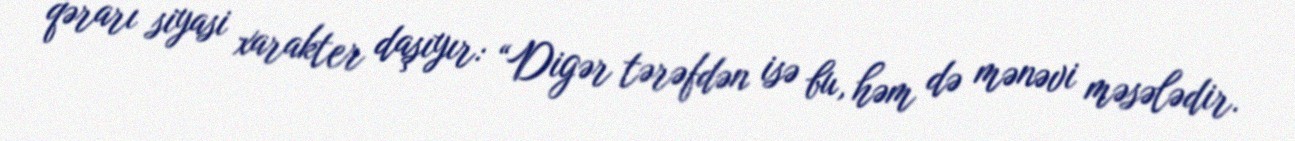
qərarı siyasi xarakter daşıyır: “Digər tərəfdən isə bu, həm də mənəvi məsələdir.